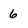
Character: 6